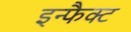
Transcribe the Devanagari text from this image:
इन्फैक्ट